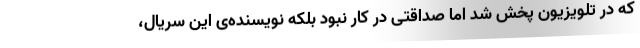
که در تلویزیون پخش شد اما صداقتی در کار نبود بلکه نویسنده‌ی این سریال،